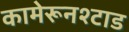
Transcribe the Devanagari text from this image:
कामेरूनश्टाड